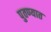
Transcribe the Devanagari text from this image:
पुतण्यात